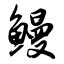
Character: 鳗